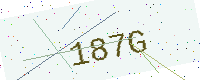
Text: 187G